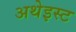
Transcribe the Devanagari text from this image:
अथेइस्ट